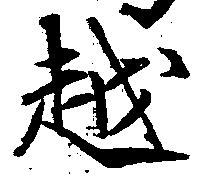
越